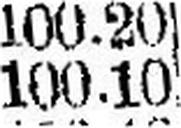
100.10